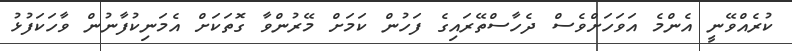
ކުރެއްވޭނީ އެންމެ އަވަހަށްވެސް ދެހާސްތޭރައިގެ ފަހުން ކަމަށް މޭރުންވާ ގޮތަކަށް އެމަނިކުފާނުން ވާހަކަފުޅު